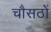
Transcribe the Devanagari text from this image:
चौसठों